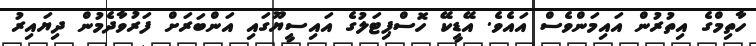
ހާތިމްގެ އިތުރުން އައިމަންވެސް އައެވެ. އޭޑީކޭ ހޮސްޕިޓަލުގެ އައިސީޔޫގައި އަންބަރަށް ފަރުވާދެމުން ދިޔައިރު